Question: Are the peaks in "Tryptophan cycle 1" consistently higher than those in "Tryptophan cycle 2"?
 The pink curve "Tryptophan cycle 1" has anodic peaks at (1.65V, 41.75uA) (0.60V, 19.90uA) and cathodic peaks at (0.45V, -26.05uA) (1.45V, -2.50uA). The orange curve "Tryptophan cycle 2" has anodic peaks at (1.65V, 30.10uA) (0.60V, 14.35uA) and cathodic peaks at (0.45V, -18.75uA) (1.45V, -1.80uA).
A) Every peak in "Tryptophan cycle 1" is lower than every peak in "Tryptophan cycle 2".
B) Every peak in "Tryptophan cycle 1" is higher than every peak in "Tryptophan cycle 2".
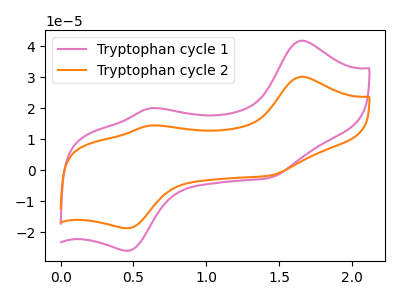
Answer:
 <answer>B) Every peak in "Tryptophan cycle 1" is higher than every peak in "Tryptophan cycle 2".</answer>
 <eval>B</eval>